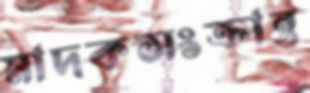
মাদকসংক্রান্ত